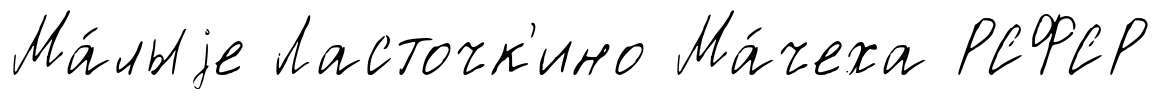
Ма́лыjе Ласточк'ино Ма́чеха РСФСР